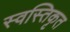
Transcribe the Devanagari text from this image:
स्वस्तिकृत